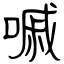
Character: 嘁